Report on vaccination in the Province of Bengal - 1869-1873
Year: 1869
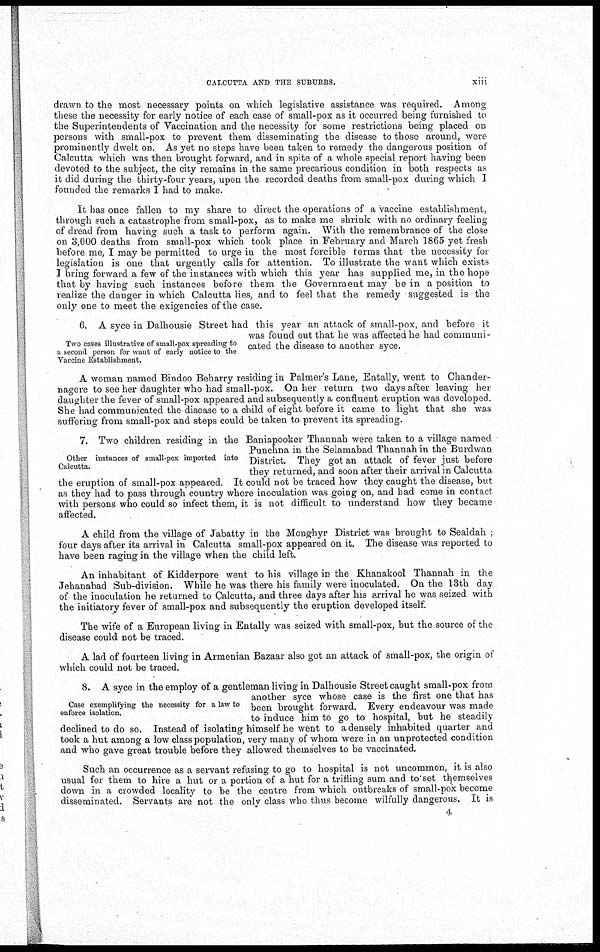
CALCUTTA AND THE SUBURBS.
xiii
drawn to the most necessary points on which legislative assistance was required. Among
these the necessity for early notice of each case of small-pox as it occurred being furnished to
the Superintendents of Vaccination and the necessity for some restrictions being placed on
persons with small-pox to prevent them disseminating the disease to those around, were
prominently dwelt on. As yet no steps have been taken to remedy the dangerous position of
Calcutta which was then brought forward, and in spite of a whole special report having been
devoted to the subject, the city remains in the same precarious condition in both respects as
it did during the thirty-four years, upon the recorded deaths from small-pox during which I
founded the remarks I had to make.
It has once fallen to my share to direct the operations of a vaccine establishment,
through such a catastrophe from small-pox, as to make me shrink with no ordinary feeling
of dread from having such a task to perform again. With the remembrance of the close
on 3,000 deaths from small-pox which took place in February and March 1865 yet fresh
before me, I may be permitted to urge in the most forcible terms that the necessity for
legislation is one that urgently calls for attention. To illustrate the want which exists
I bring forward a few of the instances with which this year has supplied me, in the hope
that by having such instances before them the Government may be in a position to
realize the danger in which Calcutta lies, and to feel that the remedy suggested is the
only one to meet the exigencies of the case.
Two cases illustrative of small-pox spreading to
a second person for want of early notice to the
Vaccine Establishment.
6. A syce in Dalhousie Street had this year an attack of small-pox, and before it
was found out that he was affected he had communi-
cated the disease to another syce.
A woman named Bindoo Beharry residing in Palmer's Lane, Entally, went to Chander-
nagore to see her daughter who had small-pox. On her return two days after leaving her
daughter the fever of small-pox appeared and subsequently a confluent eruption was developed.
She had communicated the disease to a child of eight before it came to light that she was
suffering from small-pox and steps could be taken to prevent its spreading.
Other instances of small-pox imported into
Calcutta.
7. Two children residing in the Baniapooker Thannah were taken to a village named
Punchna in the Selamabad Thannah in the Burdwan
District. They got an attack of fever just before
they returned, and soon after their arrival in Calcutta
the eruption of small-pox appeared. It could not be traced how they caught the disease, but
as they had to pass through country where inoculation was going on, and had come in contact
with persons who could so infect them, it is not difficult to understand how they became
affected.
A child from the village of Jabatty in the Monghyr District was brought to Sealdah ;
four days after its arrival in Calcutta small-pox appeared on it. The disease was reported to
have been raging in the village when the child left.
An inhabitant of Kidderpore went to his village in the Khanakool Thannah in the
Jehanabad Sub-division. While he was there his family were inoculated. On the 13th day
of the inoculation he returned to Calcutta, and three days after his arrival he was seized with
the initiatory fever of small-pox and subsequently the eruption developed itself.
The wife of a European living in Entally was seized with small-pox, but the source of the
disease could not be traced.
A lad of fourteen living in Armenian Bazaar also got an attack of small-pox, the origin of
which could not be traced.
Case exemplifying the necessity for a law to
enforce isolation.
8. A syce in the employ of a gentleman living in Dalhousie Street caught small-pox from
another syce whose case is the first one that has
been brought forward. Every endeavour was made
to induce him to go to hospital, but he steadily
declined to do so. Instead of isolating himself he went to a densely inhabited quarter and
took a hut among a low class population, very many of whom were in an unprotected condition
and who gave great trouble before they allowed themselves to be vaccinated.
Such an occurrence as a servant refusing to go to hospital is not uncommon, it is also
usual for them to hire a hut or a portion of a hut for a trifling sum and to set themselves
down in a crowded locality to be the centre from which outbreaks of small-pox become
disseminated. Servants are not the only class who thus become wilfully dangerous. It is
4